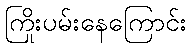
ကြိုးပမ်းနေကြောင်း